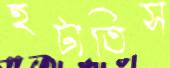
হটাতিস